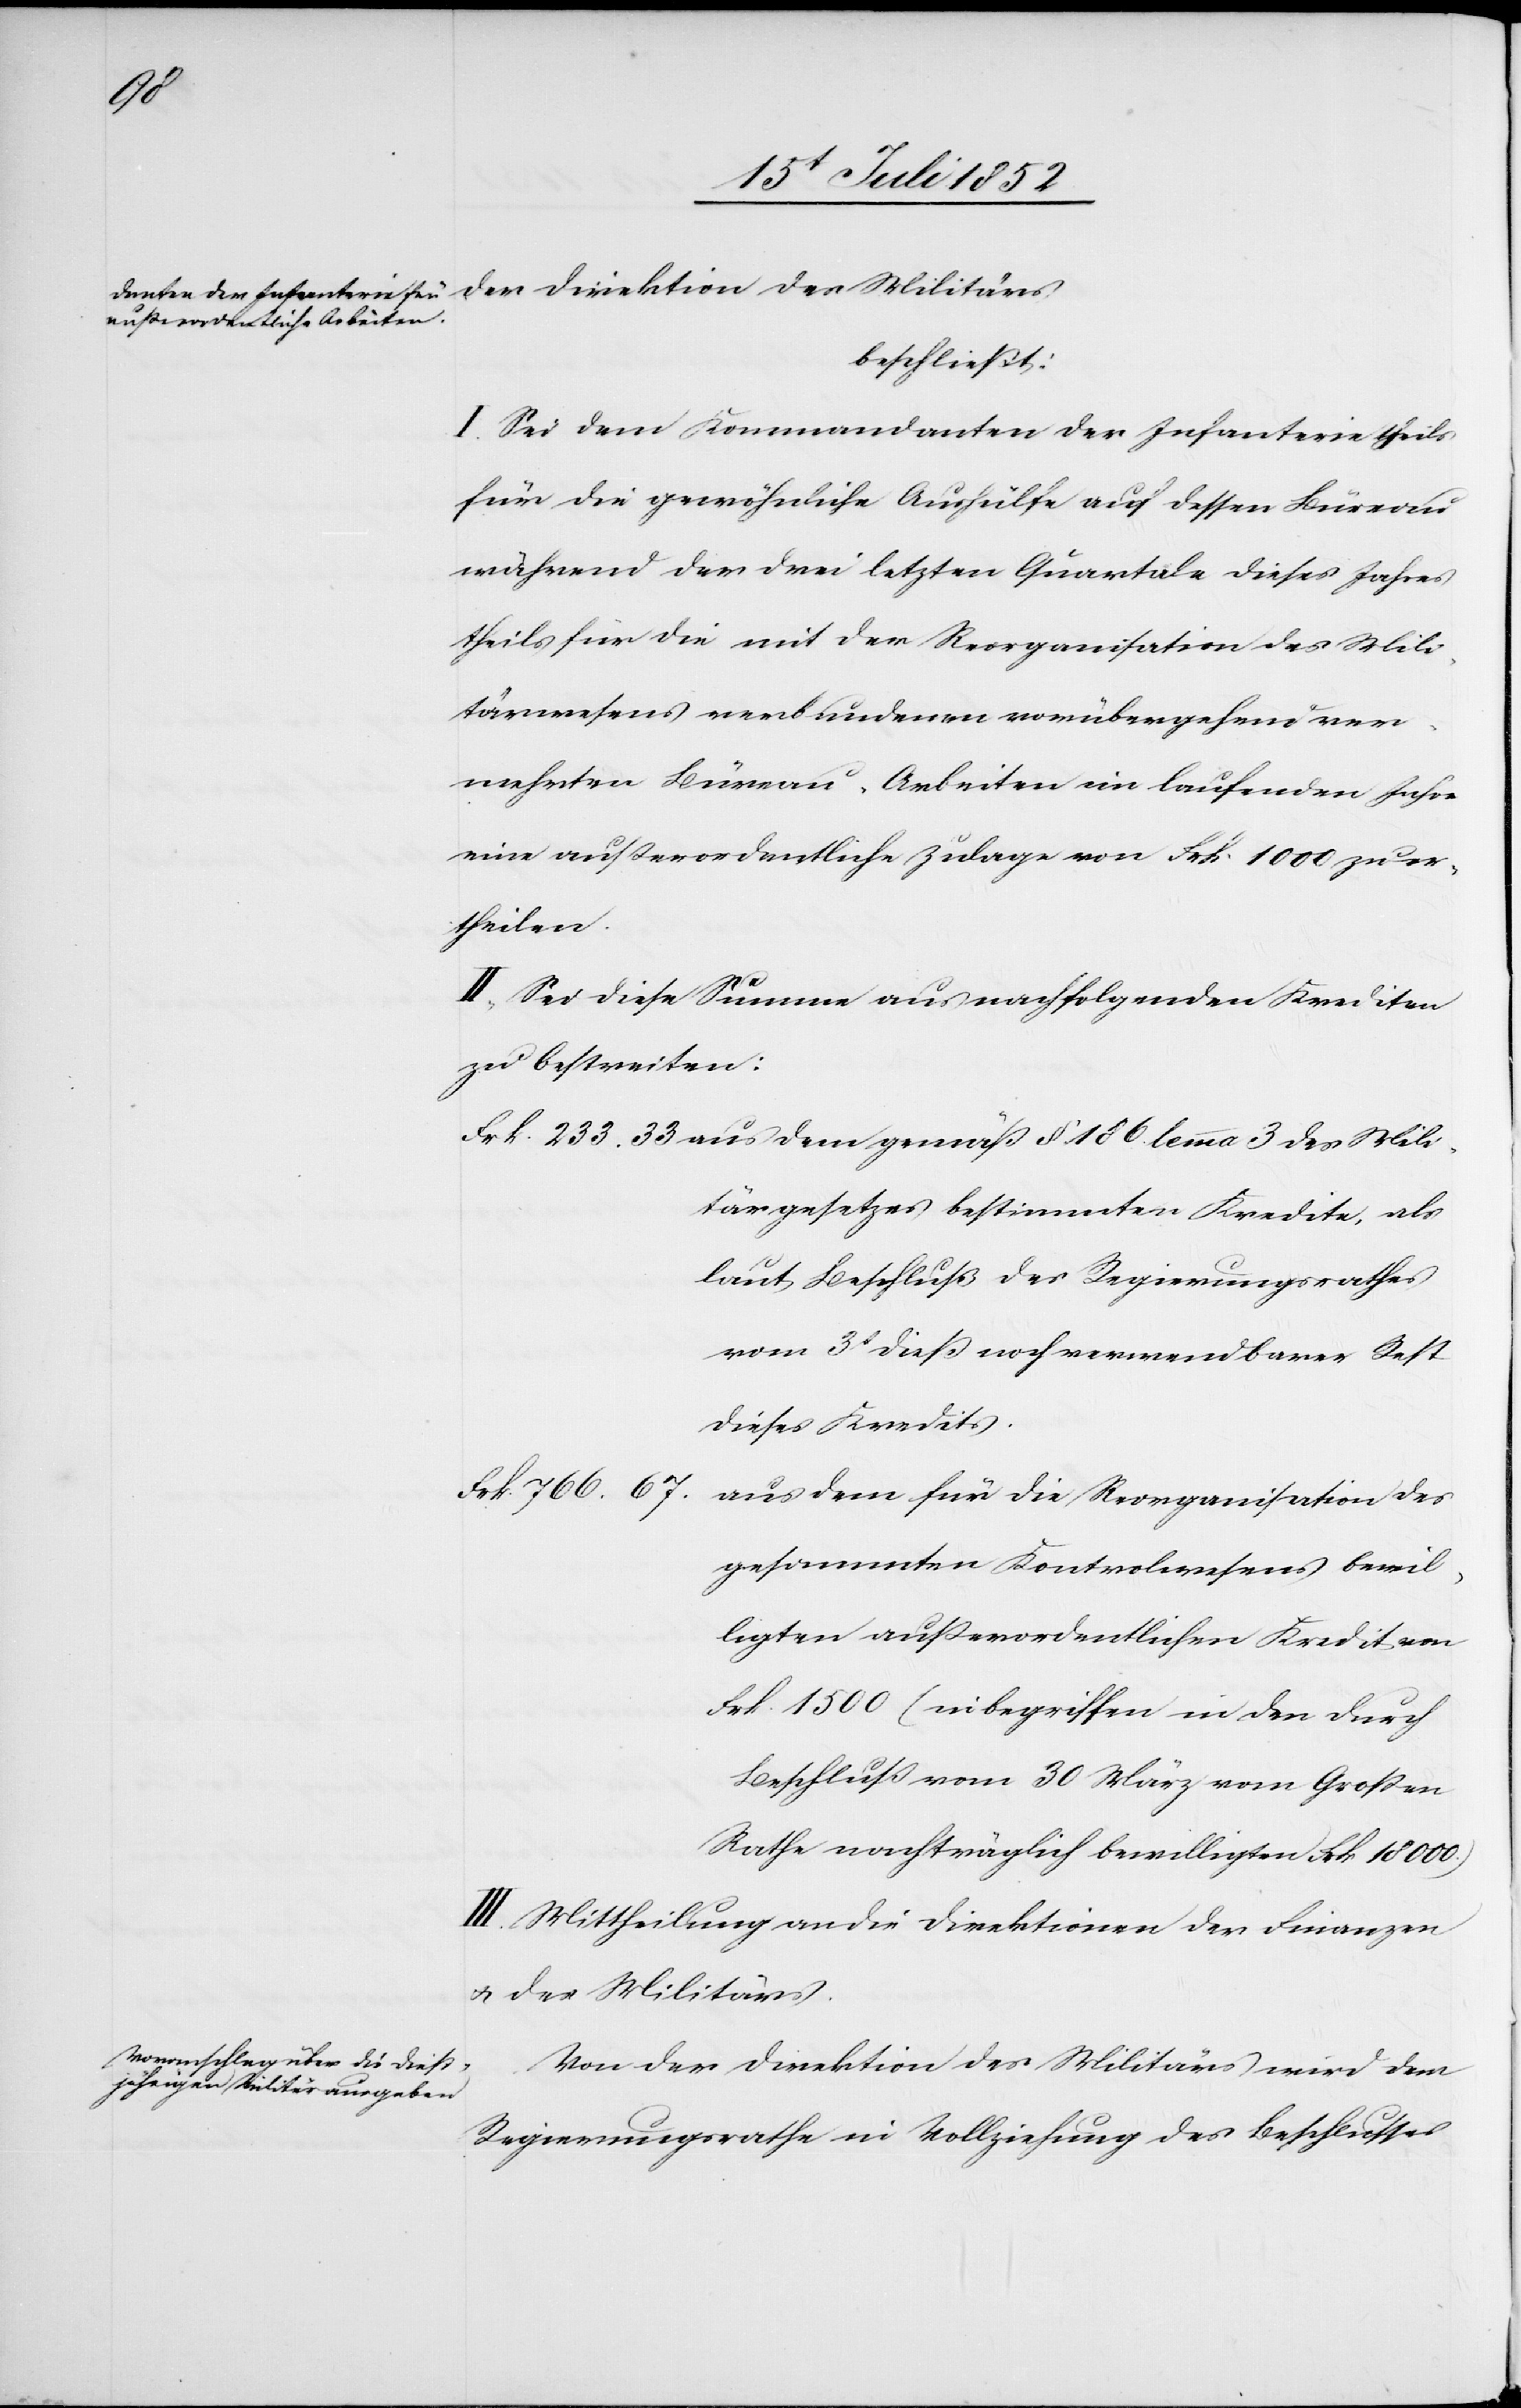
Mili¬
beschließt:
I. Sei dem Kommandanten der Infanterie theils
für die gewöhnliche Aushülfe auf dessen Büreau
während der drei letzten Quartale dieses Jahres
theils für die mit der Reorganisation des Mili¬
tärwesens verbundenen vorübergehend ver¬
mehrten Büreau-Arbeiten im laufenden Jahre
eine außerordentliche Zulage von Frk. 1000 zu er¬
theilen.
II, Sei diese Summe aus nachfolgenden Krediten
zu bestreiten:
tärgesetzes bestimmten Kredite, als
laut Beschluß des Regierungsrathes
vom 3t dieß noch verwendbarer Rest
dieses Kredits.
Frk. 766. 67.
aus dem für die Reorganisation des
gesammten Kontrolwesens bewil¬
ligten außerordentlichen Kredit von
Frk. 1500 (inbegriffen in den durch
Beschluß vom 30 März vom Großen
Rathe nachträglich bewilligten Frk 18 000.)
III. Mittheilung an die Direktionen der Finanzen
& des Militärs.
3
Von der Direktion des Militärs wird dem
233.
Regierungsrathe in Vollziehung des Beschlusses